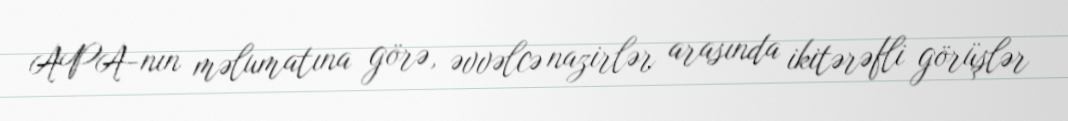
APA-nın məlumatına görə, əvvəlcə nazirlər arasında ikitərəfli görüşlər